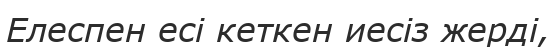
Елеспен есі кеткен иесіз жерді,